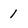
Character: 1